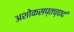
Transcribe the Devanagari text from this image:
अशोकसप्तच्छदं